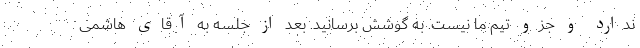
ندارد و جزو تیم ما نیست. به گوشش برسانید. بعد از جلسه به آقای هاشمی